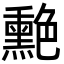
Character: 𦫯